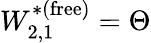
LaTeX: W_{2,1}^{*(\mathrm{free})}=\Theta